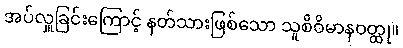
အပ်လှူခြင်းကြောင့် နတ်သားဖြစ်သော သူစိဝိမာနဝတ္ထု။